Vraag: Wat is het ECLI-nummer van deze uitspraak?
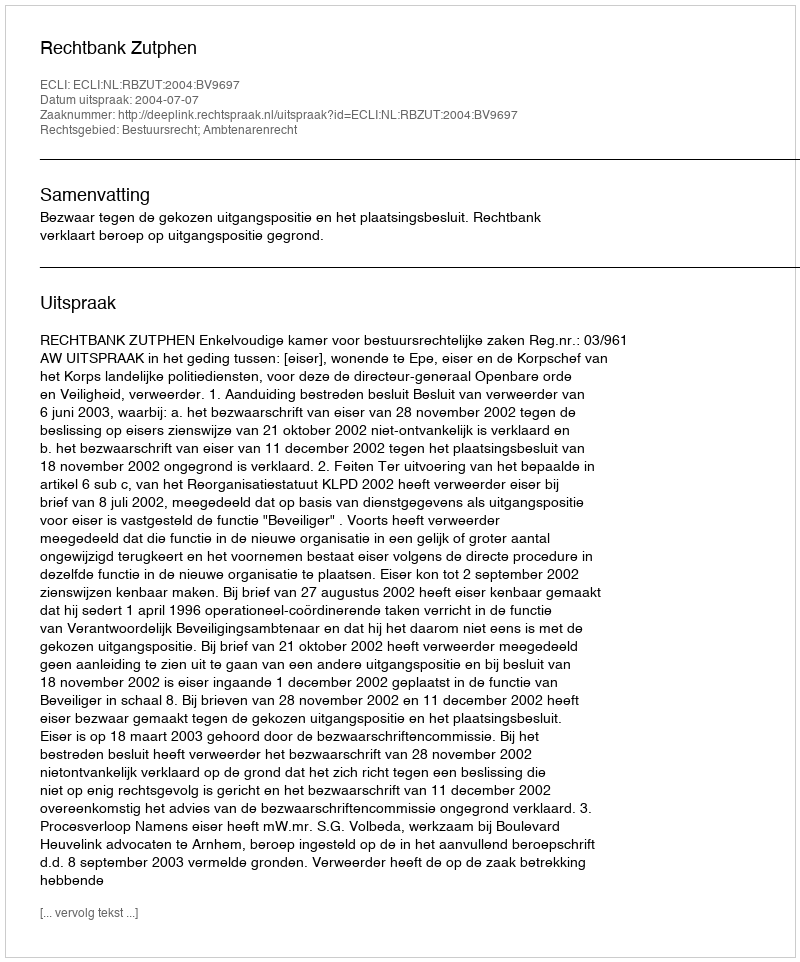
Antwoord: ECLI:NL:RBZUT:2004:BV9697